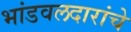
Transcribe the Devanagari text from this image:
भांडवलदारांचे